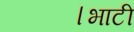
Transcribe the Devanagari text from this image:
।भाटी